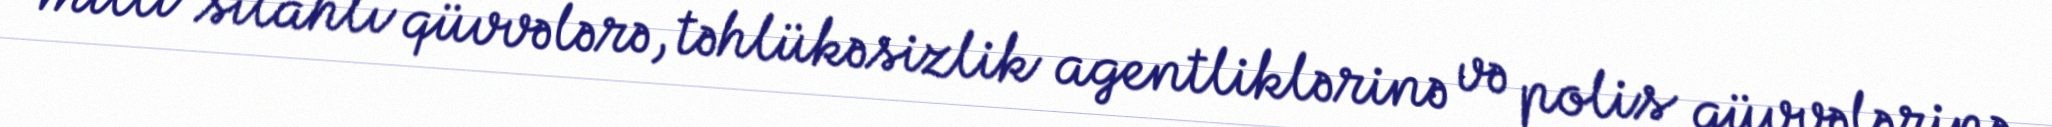
milli silahlı qüvvələrə, təhlükəsizlik agentliklərinə və polis qüvvələrinə